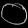
Digit: ၀